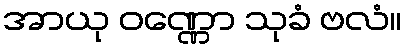
အာယု ဝဏ္ဏော သုခံ ဗလံ။